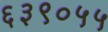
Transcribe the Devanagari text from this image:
६३९०५५